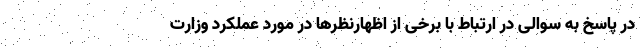
در پاسخ به سوالی در ارتباط با برخی از اظهارنظرها در مورد عملکرد وزارت